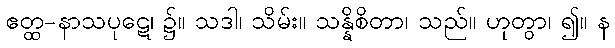
ဧတ္ထ-နာသပုဋေ၊ ၌။ သဒါ၊ သိမ်း။ သန္နိစိတာ၊ သည်။ ဟုတွာ၊ ၍။ န